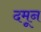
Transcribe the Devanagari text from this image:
दमून